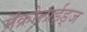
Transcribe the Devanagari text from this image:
मॅक्रोलाईड्ज